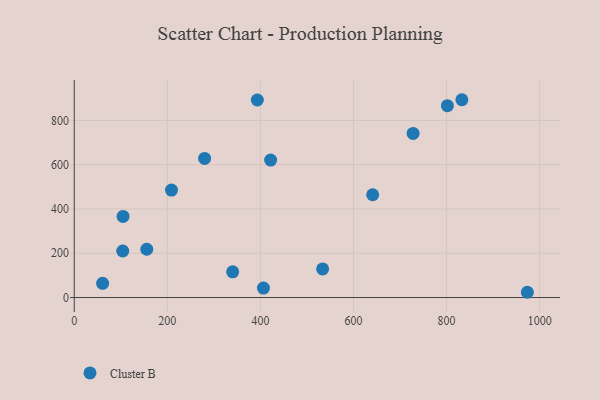
{"axis": {"x": "Distance", "y": "Demand"}, "legend": ["Cluster B"], "data": [{"x": "406.4", "y": 42.6, "type": "Cluster B"}, {"x": "208.9", "y": 485.5, "type": "Cluster B"}, {"x": "393.3", "y": 892.5, "type": "Cluster B"}, {"x": "280.0", "y": 628.5, "type": "Cluster B"}, {"x": "104.1", "y": 210.3, "type": "Cluster B"}, {"x": "533.6", "y": 129.5, "type": "Cluster B"}, {"x": "832.8", "y": 893.7, "type": "Cluster B"}, {"x": "60.9", "y": 64.2, "type": "Cluster B"}, {"x": "155.8", "y": 218.2, "type": "Cluster B"}, {"x": "421.9", "y": 621.2, "type": "Cluster B"}, {"x": "973.5", "y": 23.8, "type": "Cluster B"}, {"x": "104.8", "y": 366.6, "type": "Cluster B"}, {"x": "728.0", "y": 741.4, "type": "Cluster B"}, {"x": "641.1", "y": 464.5, "type": "Cluster B"}, {"x": "340.3", "y": 116.4, "type": "Cluster B"}, {"x": "801.7", "y": 866.9, "type": "Cluster B"}]}